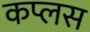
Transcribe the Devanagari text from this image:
कप्लस